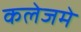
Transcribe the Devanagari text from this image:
कलेजमे